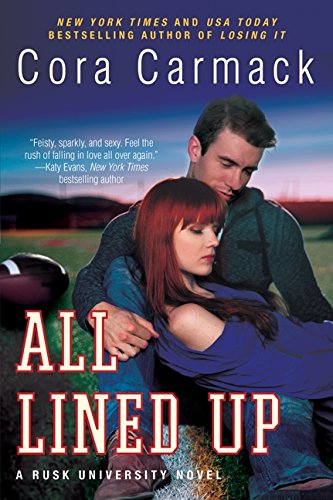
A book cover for All Lined Up: A Rusk University Novel; Cora Carmack; Romance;